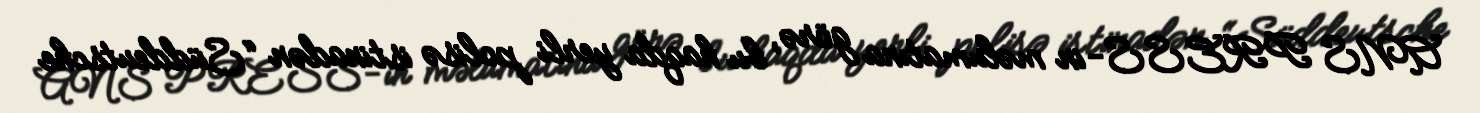
ANS PRESS-in məlumatına görə, bu haqda yerli polisə istinadən “Süddeutsche